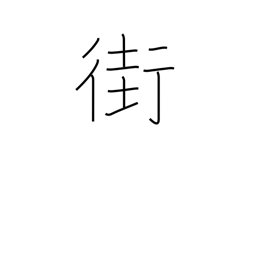
Meaning: street